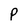
Character: P